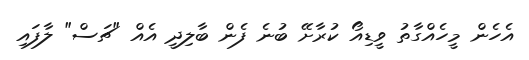
އެހެން މީހެއްގާތު ވީޑިއޯ ކުރާށޭ ބުނެ ފެން ބާލިދީ އެއް "ޗަސް" ލާފައި